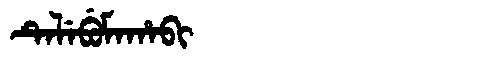
Manchu: ᡨᡝᠯᡝᠪᡠᠮᠠᡥᠠᠪᡳ
Romanization: TELEBUMAHABI